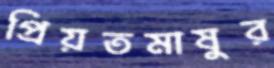
প্রিয়তমাষুর